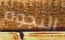
النجوم